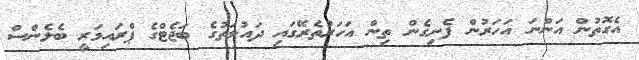
އެގޮތުން އަންނަ އަހަރުން ފެށިގެން ތިން އަހަރުތެރޭގައި ދައުލަތުގެ ބަޖެޓްގެ ޕްރައިމަރީ ބެލެންސް